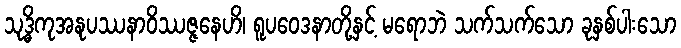
သုဒ္ဓိကုအနုပဿနာဝိဿဇ္ဇနေဟိ၊ ရူပဝေဒနာတို့နှင့် မရောဘဲ သက်သက်သော ခုနှစ်ပါးသော